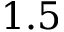
1 . 5